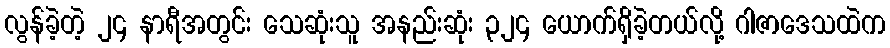
လွန်ခဲ့တဲ့ ၂၄ နာရီအတွင်း သေဆုံးသူ အနည်းဆုံး ၃၂၄ ယောက်ရှိခဲ့တယ်လို့ ဂါဇာဒေသထဲက